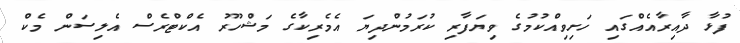
ފުޅާ ދާއިރާއެއްގައި ހަށިވިއްކުމުގެ ވިޔަފާރި ކުރަމުންދިޔަ އެމެރިކާގެ މަޝްހޫރު އެކްޓްރެސް އެލިސަން މެކް